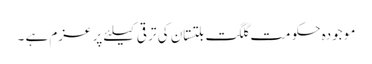
مو جودہ حکو مت گلگت بلتستان کی تر قی کیلئے پر عزم ہے ۔